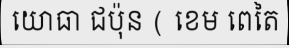
យោធា ជប៉ុន ( ខេម ពេតៃ